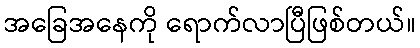
အခြေအနေကို ရောက်လာပြီဖြစ်တယ်။